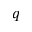
q